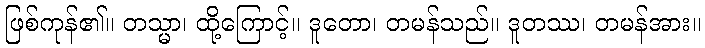
ဖြစ်ကုန်၏။ တသ္မာ၊ ထို့ကြောင့်။ ဒူတော၊ တမန်သည်။ ဒူတဿ၊ တမန်အား။